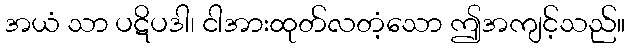
အယံ သာ ပဋိပဒါ၊ ငါအားထုတ်လတံ့သော ဤအကျင့်သည်။